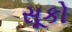
સૂકો